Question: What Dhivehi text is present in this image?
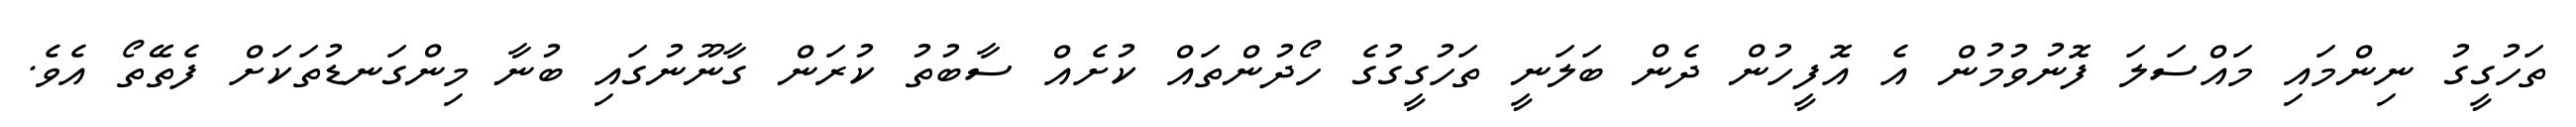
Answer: ތަހުގީގު ނިންމައި މައްސަލަ ފޮނުވުމުން އެ އޮފީހުން ދެން ބަލަނީ ތަހުގީގުގެ ހޯދުންތައް ކުށެއް ސާބުތު ކުރަން ގާނޫނުގައި ބުނާ މިންގަނޑުތަކަށް ފެތޭތޯ އެވެ.